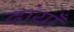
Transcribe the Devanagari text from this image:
दांयाँ